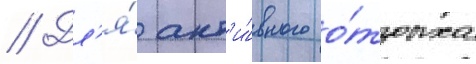
// Дл'я́ акт'и́вного о́тдыха